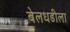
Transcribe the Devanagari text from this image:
बेलधडीला